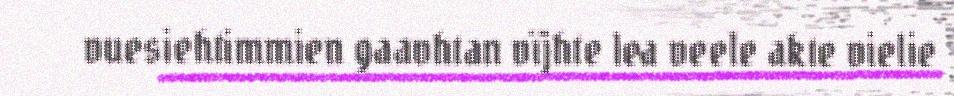
vuesiehtimmien gaavhtan vïjhte lea veele akte vielie